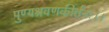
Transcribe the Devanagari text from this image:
पुण्यश्रवणकीर्तनः।।